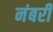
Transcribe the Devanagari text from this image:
नंबरी